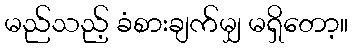
မည်သည့် ခံစားချက်မျှ မရှိတော့။